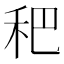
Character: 𥝧